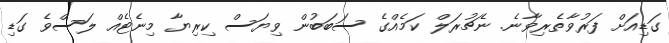
ގަޑިއަށް ފަރުވާތެރިވާނެ. ނެޗުރަލް ކަމެއްގެ ސަބަބުން ވިޔަސް ކިރިޔާ މިނެޓެއް ލަސްވެ ގަޑި